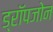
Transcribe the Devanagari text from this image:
ड्रॉपजोन